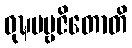
ဝုဍ္ဎပဗ္ဗဇိတောတိ